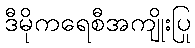
ဒီမိုကရေစီအကျိုးပြု